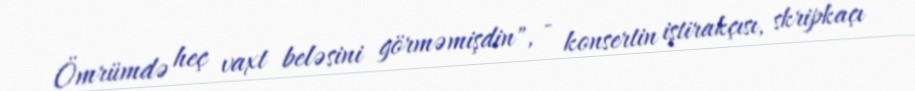
Ömrümdə heç vaxt beləsini görməmişdin", - konsertin iştirakçısı, skripkaçı